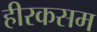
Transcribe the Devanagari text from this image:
हीरकसम